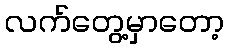
လက်တွေ့မှာတော့